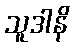
သူဒါနိ